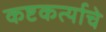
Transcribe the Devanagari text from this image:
कष्टकर्त्याचे